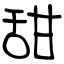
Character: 甜